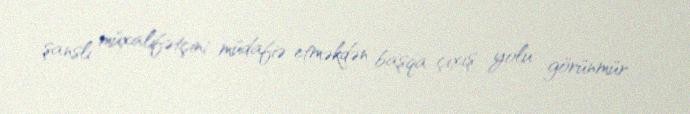
şanslı müxalifətçini müdafiə etməkdən başqa çıxış yolu görünmür.